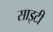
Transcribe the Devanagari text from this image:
साइटी